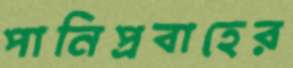
পানিপ্রবাহের